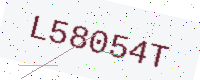
Text: L58054T